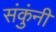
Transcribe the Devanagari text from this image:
संकुंनी